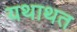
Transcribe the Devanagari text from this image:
यथाथत